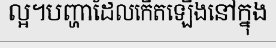
ល្អ។បញ្ហាដែលកើតឡើងនៅក្នុង